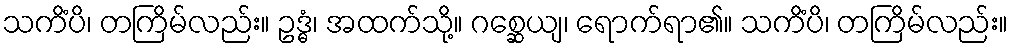
သကိံပိ၊ တကြိမ်လည်း။ ဥဒ္ဓံ၊ အထက်သို့။ ဂစ္ဆေယျ၊ ရောက်ရာ၏။ သကိံပိ၊ တကြိမ်လည်း။